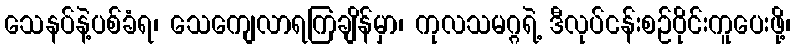
သေနပ်နဲ့ပစ်ခံရ၊ သေကျေလာရကြချိန်မှာ၊ ကုလသမဂ္ဂရဲ့ ဒီလုပ်ငန်းစဉ်ဝိုင်းကူပေးဖို့၊